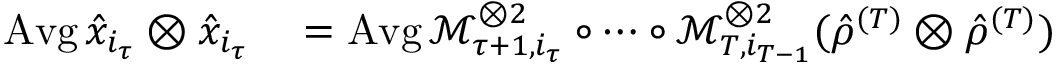
\begin{array} { r l } { \operatorname { A v g } \hat { x } _ { i _ { \tau } } \otimes \hat { x } _ { i _ { \tau } } } & { { } \stackrel { } { = } \operatorname { A v g } \mathcal { M } _ { \tau + 1 , i _ { \tau } } ^ { \otimes 2 } \circ \dotsb \circ \mathcal { M } _ { T , i _ { T - 1 } } ^ { \otimes 2 } ( { \hat { \rho } } ^ { ( T ) } \otimes { \hat { \rho } } ^ { ( T ) } ) } \end{array}